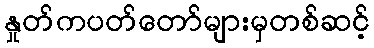
နှုတ်ကပတ်တော်များမှတစ်ဆင့်